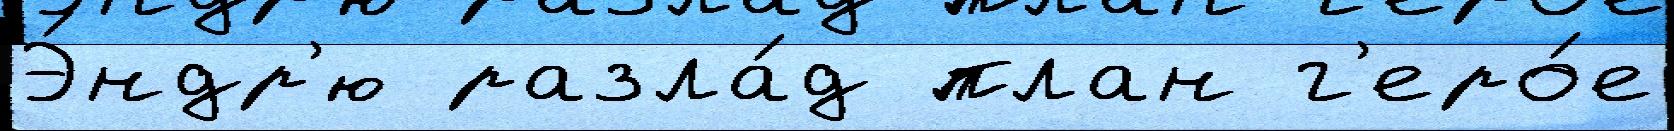
Э́ндр'ю разла́д план г'еро́е